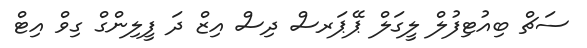
ސަޗް ބިއުޓިފުލް ލީގަލް ޕޭޕަރސް ދިސް އިޒް ދަ ފީލިންގް ގިވް އިޓް